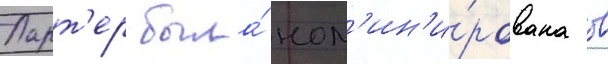
Ларт'ер была́ ном'ин'и́рована в